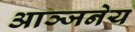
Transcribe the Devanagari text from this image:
आञ्जनेय